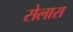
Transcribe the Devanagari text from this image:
सेलारा